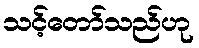
သင့်တော်သည်ဟု